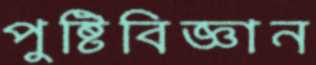
পুষ্টিবিজ্ঞান